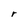
Character: r